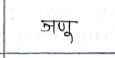
मजकूर: जणू